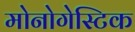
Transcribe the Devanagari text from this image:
मोनोगेस्टिक